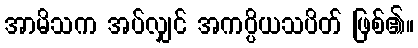
အာမိသက အပ်လျှင် အကပ္ပိယသပိတ် ဖြစ်၏။